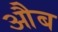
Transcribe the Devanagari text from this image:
औब